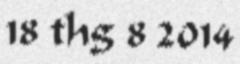
18 thg 8 2014